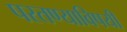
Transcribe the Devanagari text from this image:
परतण्याविषयी